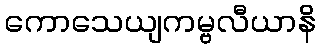
ကောသေယျကမ္ဗလီယာနိ